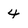
Character: 4